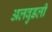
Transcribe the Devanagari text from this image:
अलवुडली